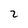
Character: 2